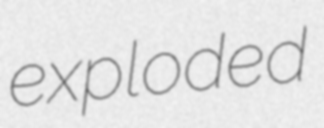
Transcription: exploded